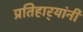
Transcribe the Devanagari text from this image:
प्रतिहार्‍यांनी